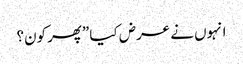
انہوں نے عرض کیا ”پھر کون؟